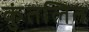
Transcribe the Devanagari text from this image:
कुंतलित